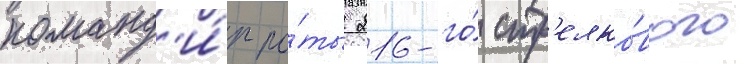
команд'и́р ро́ты 216-го́ стр'елко́вого